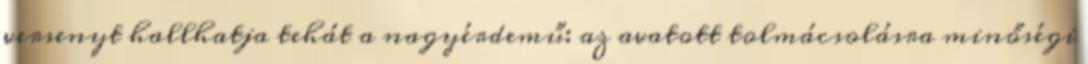
versenyt hallhatja tehát a nagyérdemű: az avatott tolmácsolásra minőségi